Kihnu_vallavalitsus, lk 16
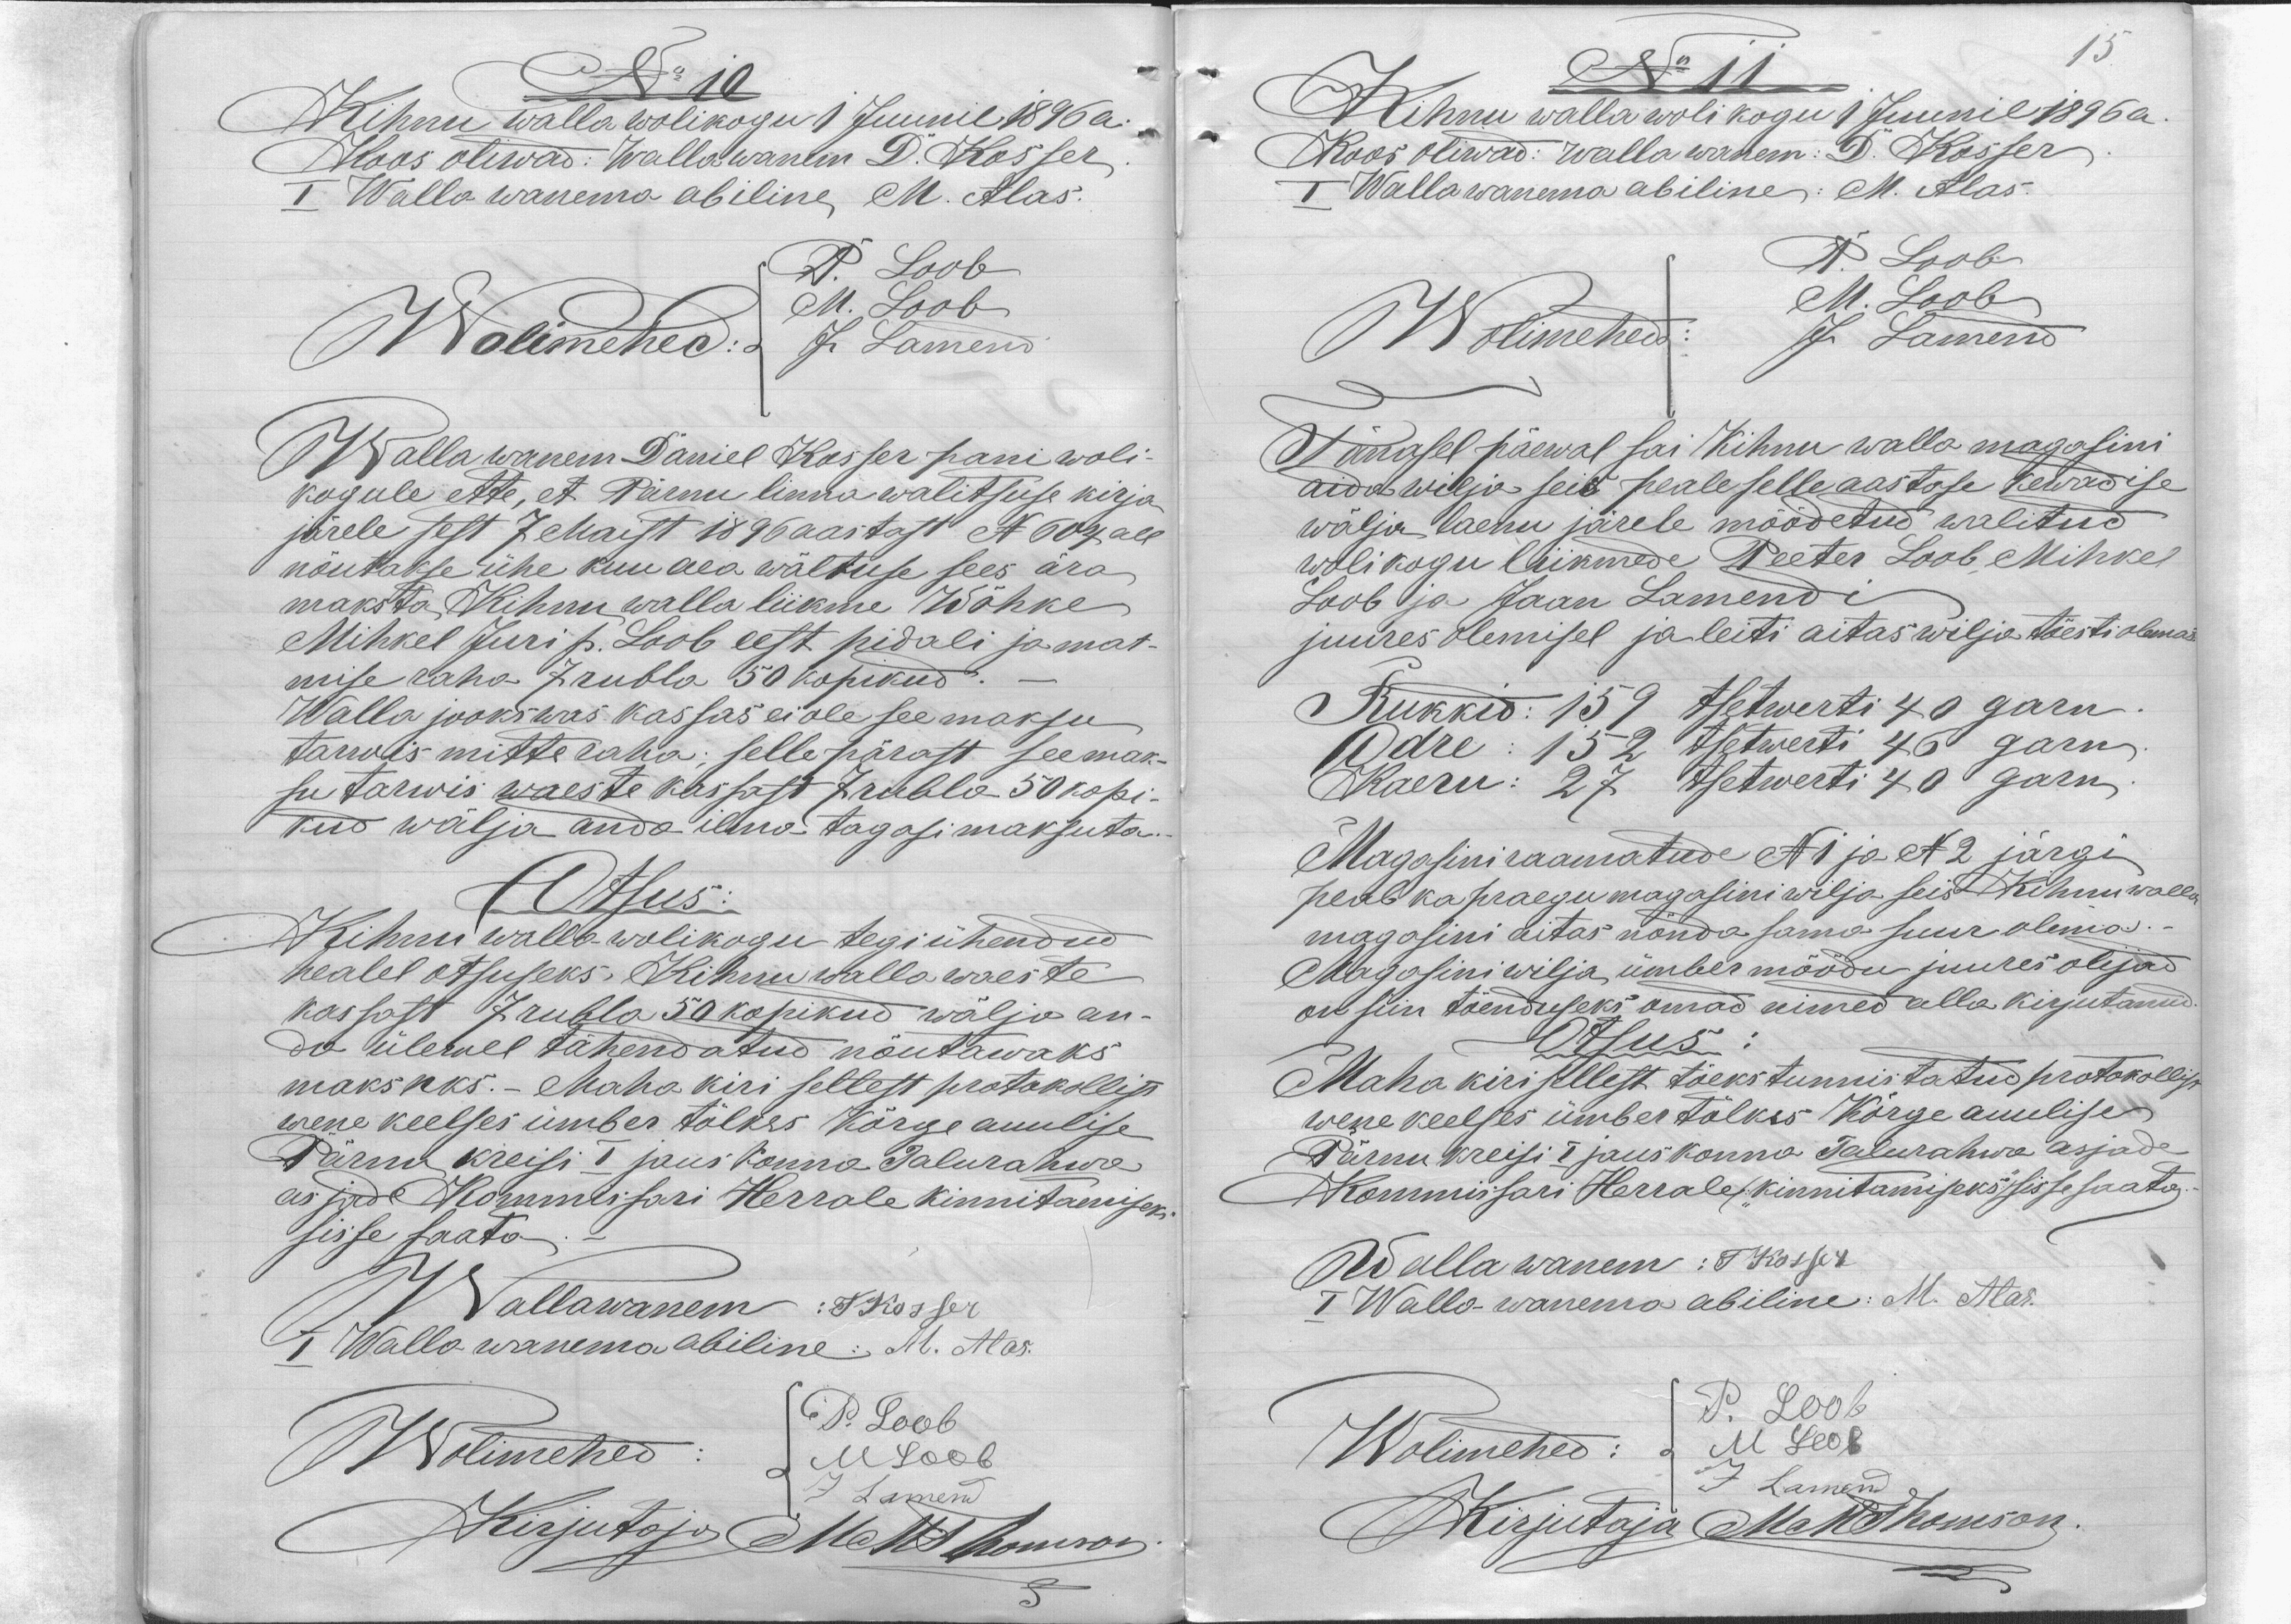
No 10
Kihnu walla wolikogu 1 Juunil 1896 a.
Koos oliwad: Wallawanem D. Kosser
I Walla wanema abiline M. Alas.
Wolimehed: J. Lamend
P. Loob
M. Loob
Wallawanem Daniel Kosser pani woli-
kogule ette, et Pärnu linna walitsuse kirja
järele sest 7 Maist 1896 aastast N 604 all
nõutakse ühe kuu aea wältuse sees ära
maksta Kihnu walla liikme Wõhke
Mihkel Juri p. Loob eest pidali ja mat-
mise raha 7 rubla 50 kopikud.
Walla jookswas kassas ei ole see maksu
tarwis mitte raha; selle pärast see mak-
su tarwis waeste kassast 7 rubla 50 kopi-
kud wälja anda ilma tagasi maksuta.
Otsus:
Kihnu walla-wolikogu tegi ühendud
healel otsuseks Kihnu walla waeste
kassast 7 rubla 50 kopikud wälja an-
da ülewel tähendatud nõutawaks
maksuks. - Maha kiri sellest protokollist
wene keelses ümber tõlkes Kõrge auulise
Pärnu kreisi 1 jauskonna Talurahwa
asjade Kommisari Herrale kinnitamiseks
sisse saata
Wallawanem: T Kosser
I Walla wanema abiline: M. Alas.
Wolimehed
P. Loob
M Loob
J Lamend
Kirjutaja Mart Thomson

15.

No 11
Kihnu walla wolikogu 1 Juunil 1896 a
Koos oliwad: Walla wanem: D. Kosser
I Wallawanema abiline: M. Alas.
Wolimehed:
P. Loob
M. Loob
J. Lamend
Tänasel päewal sai Kihnu walla magasini
aida wilja seis peale selle aastase kewadise
wälja laenu järele mõõdetud walitud
wolikogu liikmede Peeter Loob, Mihkel
Loob ja Jaan Lamendi
juures olemisel ja leiti aitas wilja tõesti olemas
Rukkid: 159 tsetwerti 40 garn.
Odre: 152 tsetwerti 46 garn
Kaeru: 27 tsetwerti 40 garn.
Magasini raamatude N1 ja N2 järgi
peab ka praegu magasini wilja seis Kihnu walla
magasini aitas nõnda sama suur olema.
Magasini wilja ümber mõõdu juures olijad
on siin tõenduseks omad nimed alla kirjutanud.
Otsus:
Maha kiri sellest tõeks tunnistatud protokollist
wene keelses ümber tõlkes Kõrge auulise
Pärnu kreisi I jauskonna Talurahwa asjade
Kommissari Herrale kinnitamiseks sisse saata
Walla wanem: T Kosser
I Walla wanema abiline: M. Alas.
Wolimehed:
P. Loob
M Loob
J. Lamend
Kirjutaja Mart Thomson.